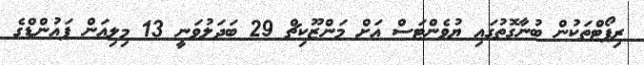
ރިޕޯޓްތަކުން ބުނާގޮތުގައި ޔުވެންޓަސް އަށް މަންޒޫކިޗް 29 ބަދަލުވަނީ 13 މިލިއަން ޕައުންޑްގެ